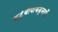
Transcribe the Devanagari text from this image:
कुटुंबीयांकडूनतर्फे